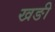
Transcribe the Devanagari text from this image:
खङी